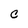
Character: C